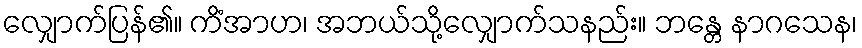
လျှောက်ပြန်၏။ ကိံအာဟ၊ အဘယ်သို့လျှောက်သနည်း။ ဘန္တေ နာဂသေန၊